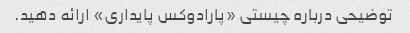
توضیحی درباره چیستی «پارادوکس پایداری» ارائه دهید.